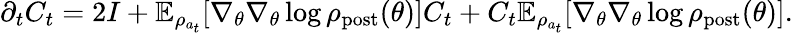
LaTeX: \begin{array}{r}{\partial_{t}C_{t}=2I+\mathbb{E}_{\rho_{a_{t}}}[\nabla_{\theta}\nabla_{\theta}\log\rho_{\mathrm{post}}(\theta)]C_{t}+C_{t}\mathbb{E}_{\rho_{a_{t}}}[\nabla_{\theta}\nabla_{\theta}\log\rho_{\mathrm{post}}(\theta)].}\end{array}